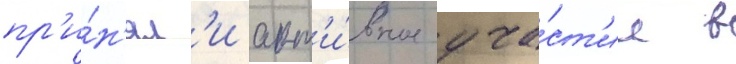
пр'и́н'ял'и акт'и́вное уча́ст'ие в